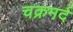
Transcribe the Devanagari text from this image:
चक्रमर्द